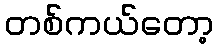
တစ်ကယ်တော့